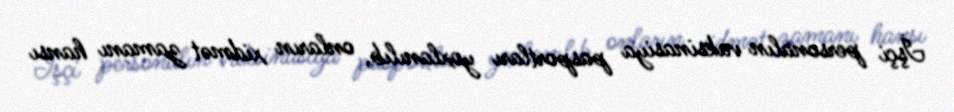
İşçi personalın vaksinasiya pasportları yoxlanılıb, onların xidmət zamanı hansı